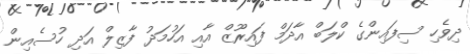
ދިވެހި ސިފައިންގެ ކްލަބް އާދަމް ފައިރޫޒް އާއި އަހުމަދު ފާޒިލް އަދި ހުސެއިން